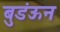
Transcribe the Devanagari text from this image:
बुडंऊन